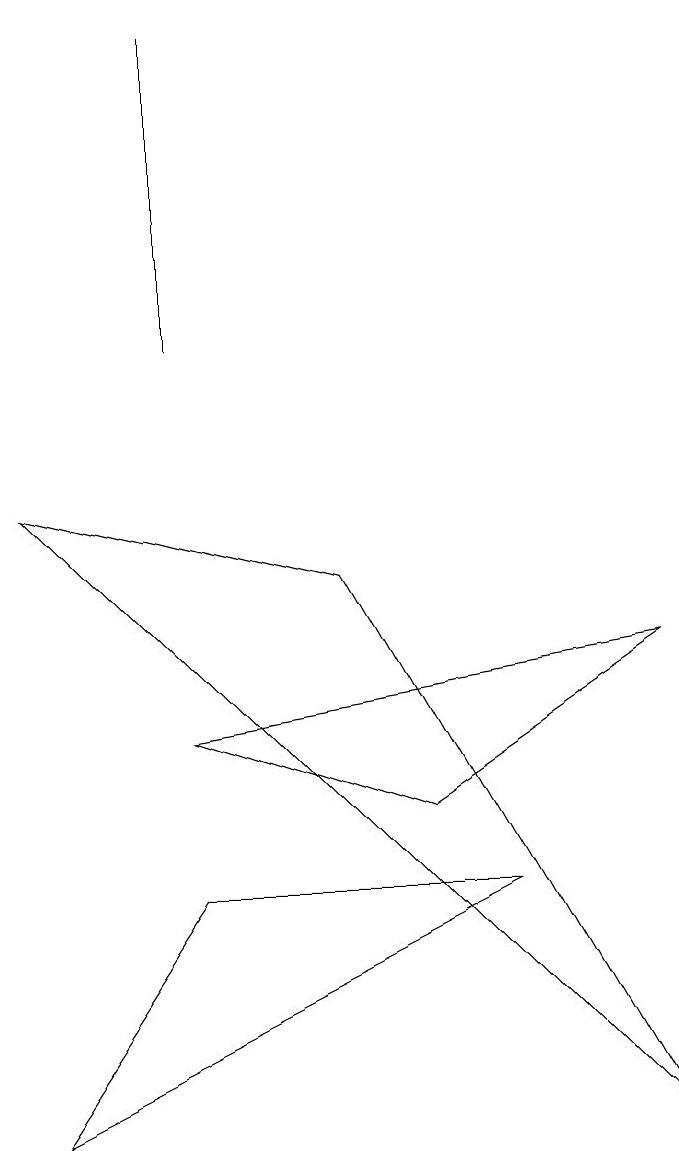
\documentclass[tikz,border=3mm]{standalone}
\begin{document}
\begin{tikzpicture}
\draw (2,6) -- (8,7) -- (5,5) -- cycle;
\draw (8,1) -- (4,8) -- (0,9) -- cycle;
\draw (2,4) -- (0,1) -- (6,4) -- cycle;
\draw (2,15) rectangle (2,11);
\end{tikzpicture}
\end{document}